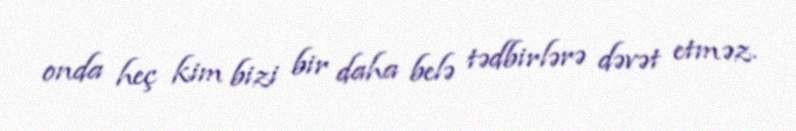
onda heç kim bizi bir daha belə tədbirlərə dəvət etməz.